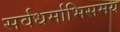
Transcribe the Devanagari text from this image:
सर्वधर्माभिसमय